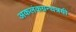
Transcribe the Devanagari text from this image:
अकलंकग्रन्थत्रयी